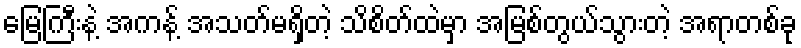
မြေကြီးနဲ့ အကန့် အသတ်မရှိတဲ့ သိစိတ်ထဲမှာ အမြစ်တွယ်သွားတဲ့ အရာတစ်ခု